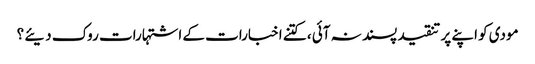
مودی کو اپنے پر تنقید پسند نہ آئی ، کتنے اخبارات کے اشتہارات روک دیئے ؟